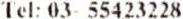
TEL: 03- 55423228